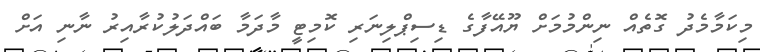
މިކަމާމެދު ގޮތެއް ނިންމުމަށް ޔޫއޭފާގެ ޑިސިޕްލިނަރި ކޮމިޓީ މާދަމާ ބައްދަލުކުރާއިރު ނާނި އަށް